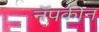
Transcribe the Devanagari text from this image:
नॅपकीन